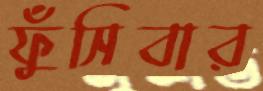
ফুঁসিবার